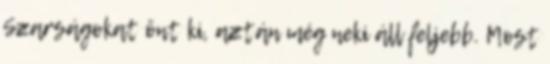
Szarságokat önt ki, aztán még neki áll feljebb. Most